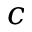
c